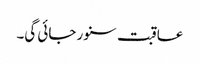
عاقبت سنور جائی گی۔